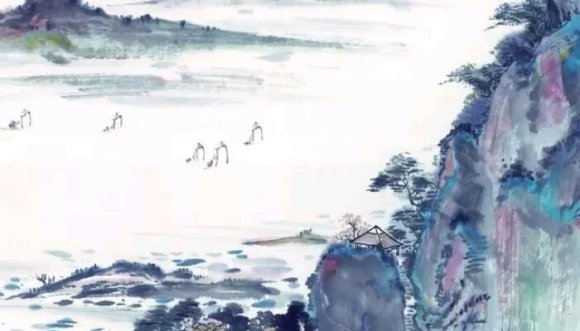
夜深斜搭秋千索，楼阁朦胧烟雨中。